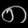
Digit: ၈